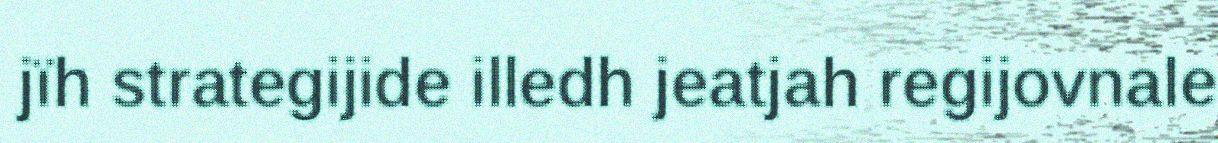
jïh strategijide illedh jeatjah regijovnale